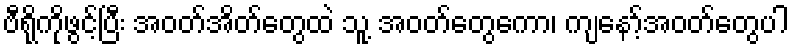
ဗီရိုကိုဖွင့်ပြီး အဝတ်အိတ်တွေထဲ သူ့ အဝတ်တွေကော၊ ကျနော့်အဝတ်တွေပါ